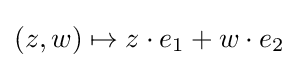
(z,w)\mapsto z\cdot e_{1}+w\cdot e_{2}